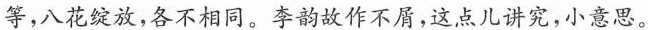
等，八花绽放，各不相同。李韵故作不屑，这点儿讲究，小意思。